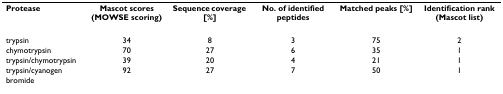
<table><thead><tr><td><b>Protease</b></td><td><b>Mascot scores (MOWSE scoring)</b></td><td><b>Sequence coverage [%]</b></td><td><b>No. of identified peptides</b></td><td><b>Matched peaks [%]</b></td><td><b>Identification rank (Mascot list)</b></td></tr></thead><tbody><tr><td>trypsin</td><td>34</td><td>8</td><td>3</td><td>75</td><td>2</td></tr><tr><td>chymotrypsin</td><td>70</td><td>27</td><td>6</td><td>35</td><td>1</td></tr><tr><td>trypsin/chymotrypsin</td><td>39</td><td>20</td><td>4</td><td>21</td><td>1</td></tr><tr><td>trypsin/cyanogen bromide</td><td>92</td><td>27</td><td>7</td><td>50</td><td>1</td></tr></tbody></table>